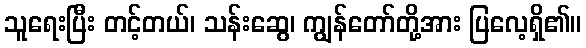
သူရေးပြီး တင့်တယ်၊ သန်းဆွေ၊ ကျွန်တော်တို့အား ပြလေ့ရှိ၏။